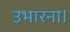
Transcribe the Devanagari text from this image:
उभारना।